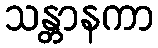
သန္တာနကာ